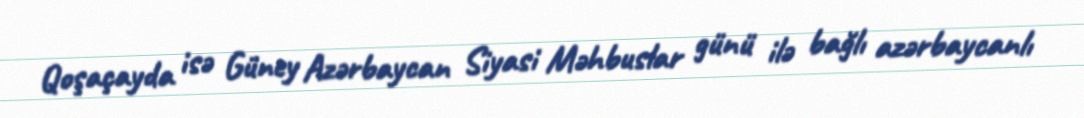
Qoşaçayda isə Güney Azərbaycan Siyasi Məhbuslar günü ilə bağlı azərbaycanlı